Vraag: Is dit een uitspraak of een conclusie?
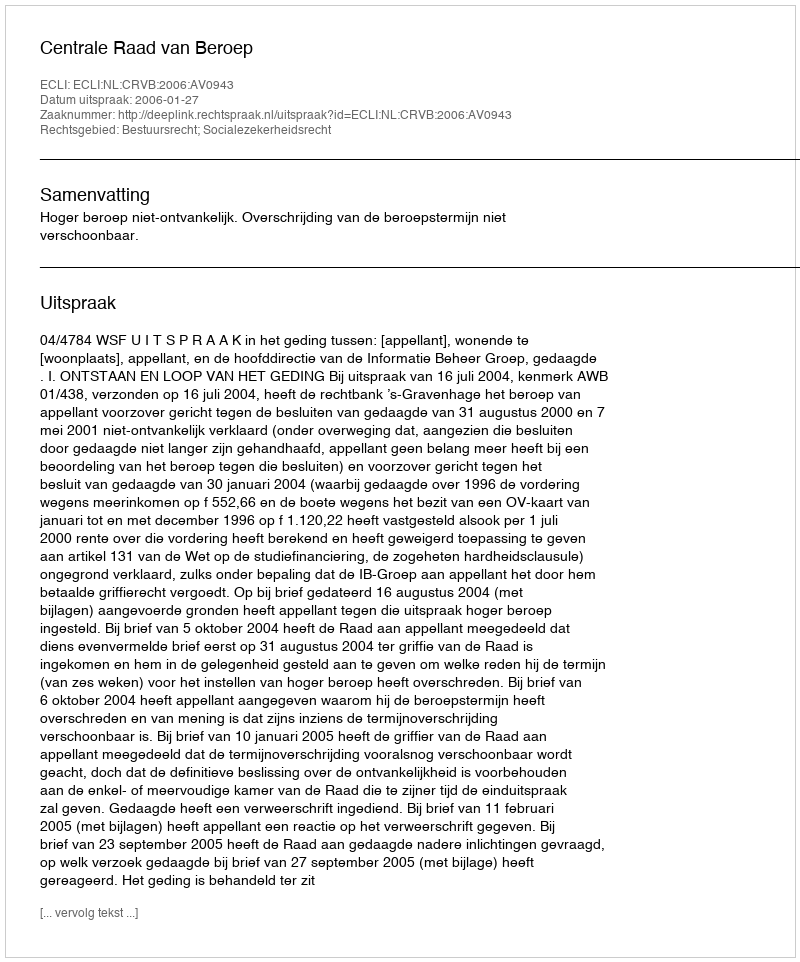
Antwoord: Uitspraak